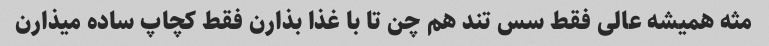
مثه همیشه عالی فقط سس تند هم چن تا با غذا بذارن فقط کچاپ ساده میذارن